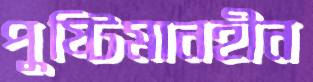
পুষ্টিমানহীন